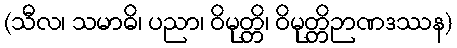
(သီလ၊ သမာဓိ၊ ပညာ၊ ဝိမုတ္တိ၊ ဝိမုတ္တိဉာဏဒဿန)